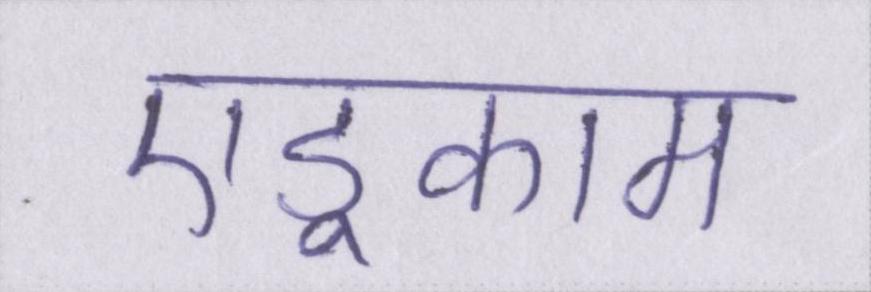
एडूकाम